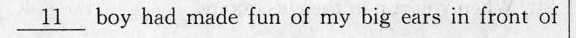
\underline{11} boy had made fun of my hig ars in frrat of